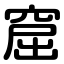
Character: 窟